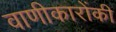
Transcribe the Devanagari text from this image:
वाणीकारोंकी